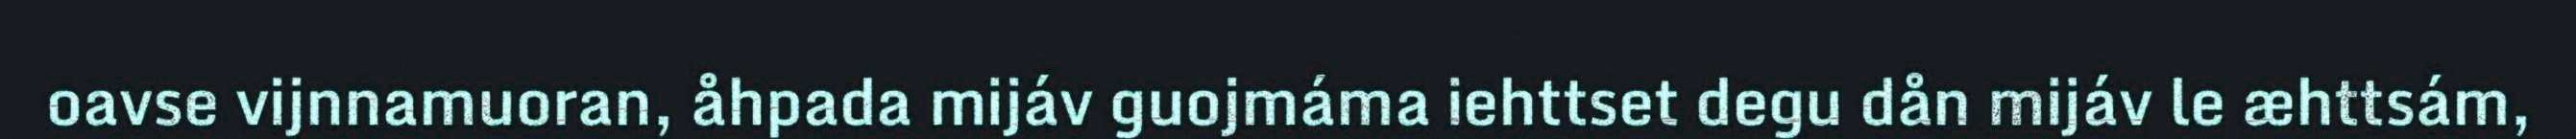
oavse vijnnamuoran, åhpada mijáv guojmáma iehttset degu dån mijáv le æhttsám,